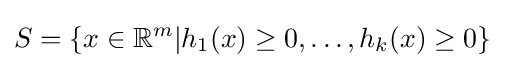
S=\{x\in \mathbb {R} ^{m}|h_{1}(x)\geq 0,\ldots ,h_{k}(x)\geq 0\}